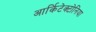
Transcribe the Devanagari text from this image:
आर्किटेक्टोनिया